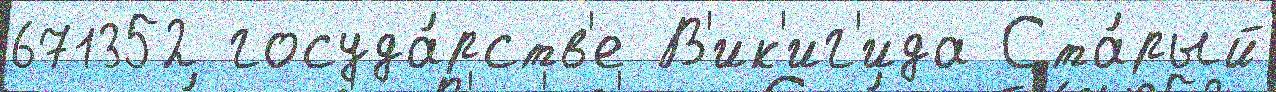
671352 госуда́рств'е В'ик'иг'ида Ста́рый